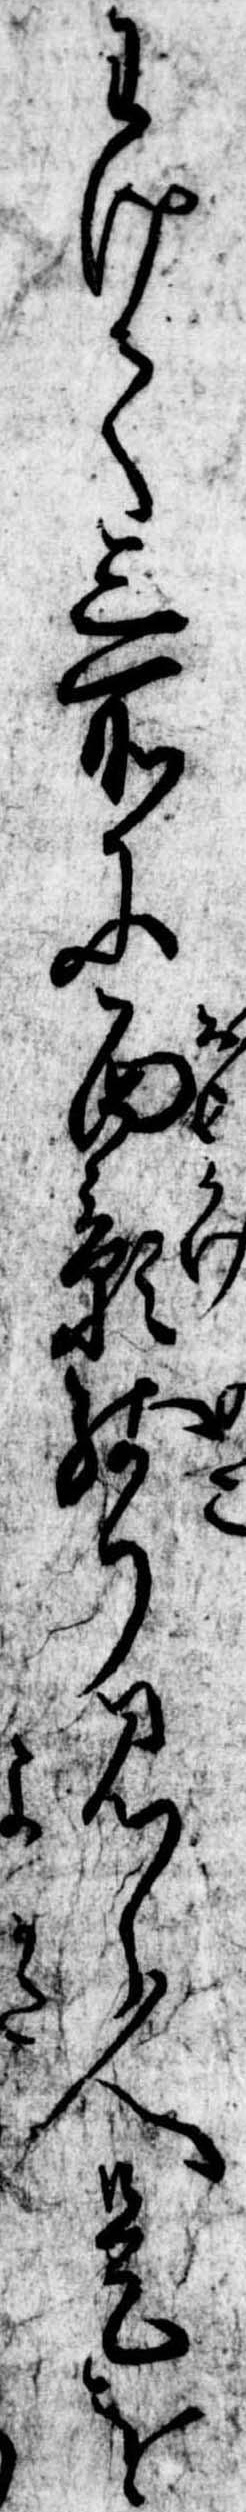
わけて三所に面影残り見し人是を